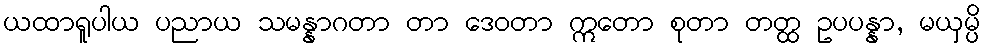
ယထာရူပါယ ပညာယ သမန္နာဂတာ တာ ဒေဝတာ ဣတော စုတာ တတ္ထ ဥပပန္နာ, မယှမ္ပိ